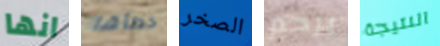
انها خطأها الصخر يرحم النتيجة